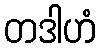
တဒါဟံ